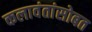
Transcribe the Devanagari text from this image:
कलावंतांसोबत